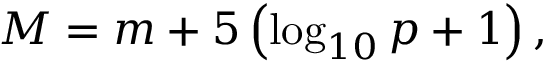
M = m + 5 \left( \log _ { 1 0 } p + 1 \right) ,